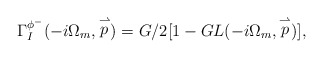
\begin{align*}\Gamma_{I}^{\phi^-}(-i\Omega_m, \stackrel{\rightharpoonup}{p})=G/2[1-GL(-i\Omega_m, \stackrel{\rightharpoonup}{p})],\end{align*}